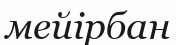
мейірбан